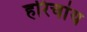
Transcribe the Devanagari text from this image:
हरिचांय